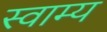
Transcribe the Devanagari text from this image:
स्वाम्य